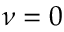
\nu = 0